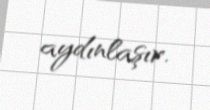
aydınlaşır.